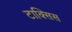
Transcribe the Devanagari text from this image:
टाक्सिस